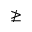
\ngeq